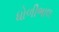
ધોળીભાલ